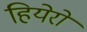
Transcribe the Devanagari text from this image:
हियेरो